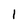
Character: I